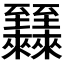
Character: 𬛷